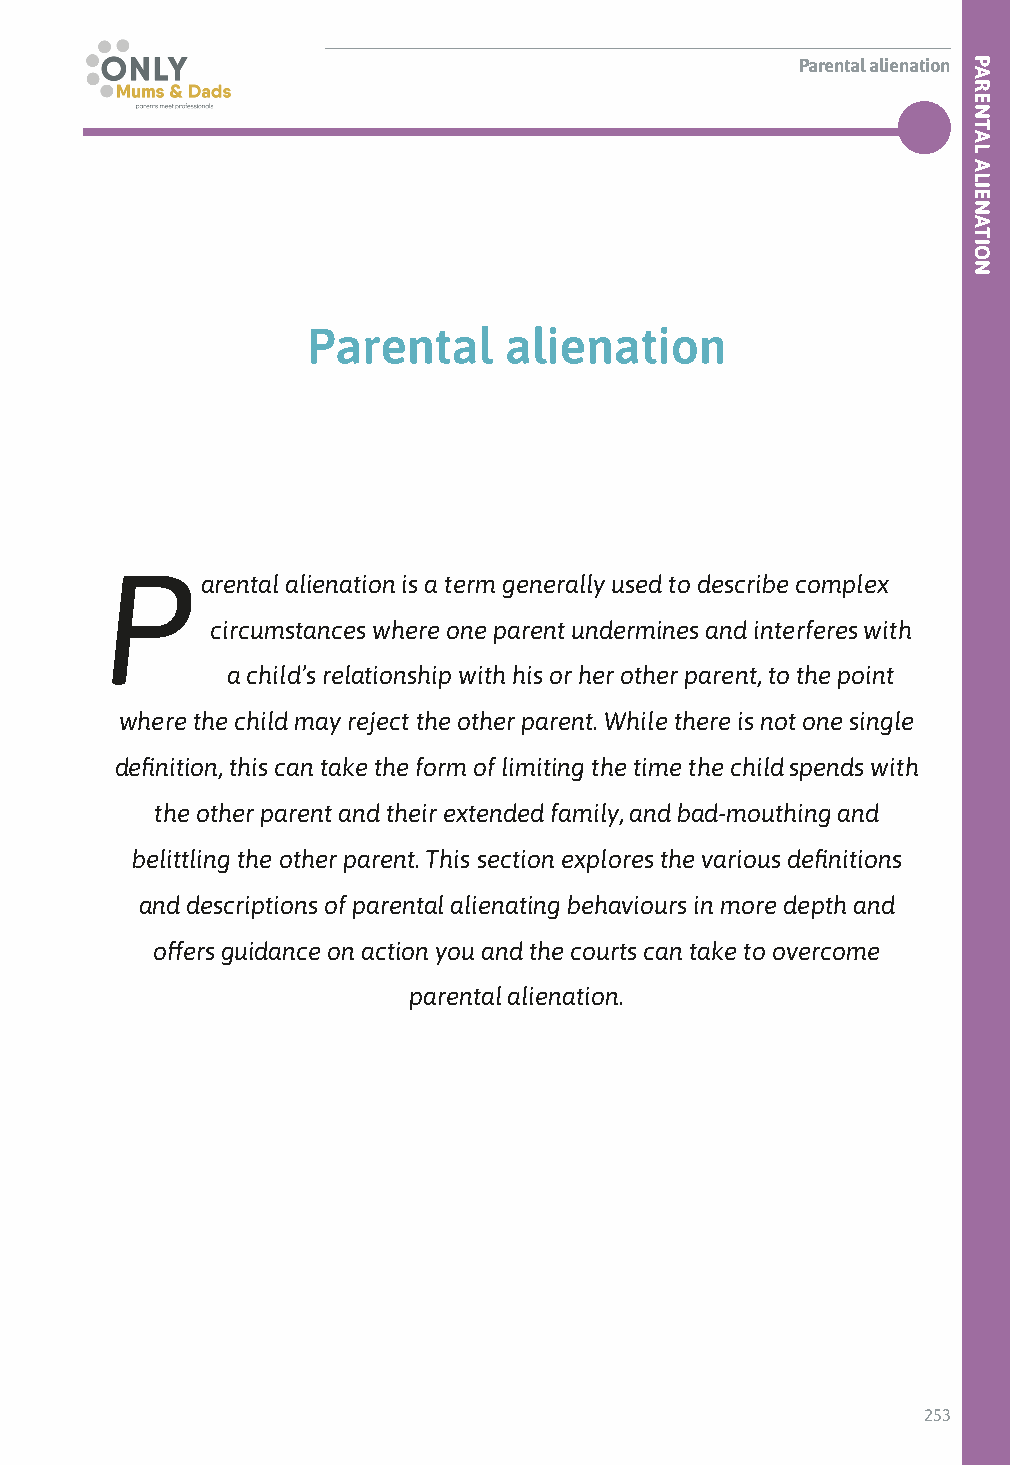
Parental alienation
 Parental     alienation
 P
 arental alienation is a term generally used to describe complex
 circumstances where one parent undermines and interferes with
 a child’s relationship with his or her other parent, to the point
 where the child may reject the other parent. While there is not one single
 definition, this can take the form of limiting the time the child spends with
 the other parent and their extended family, and bad-mouthing and
 belittling the other parent. This section explores the various definitions
 and descriptions of parental alienating behaviours in more depth and
 offers guidance on action you and the courts can take to overcome
 parental alienation.
 253
 PARENTAL
 ALIENATION